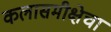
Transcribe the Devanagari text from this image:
कलासमीक्षेचा